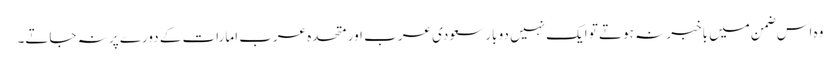
وہ اس ضمن میں باخبر نہ ہوتے تو ایک نہیں دو بار سعودی عرب اور متحدہ عرب امارات کے دورے پر نہ جاتے۔